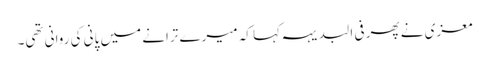
معزی نے پھر فی البدیہہ کہا کہ میرے ترانے میں پانی کی روانی تھی۔